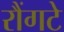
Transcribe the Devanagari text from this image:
रौंगटे